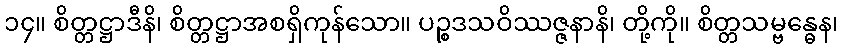
၁၄။ စိတ္တဋ္ဌာဒီနိ၊ စိတ္တဋ္ဌာအစရှိကုန်သော။ ပဉ္စဒသဝိဿဇ္ဇနာနိ၊ တို့ကို။ စိတ္တသမ္ဗန္ဓေန၊